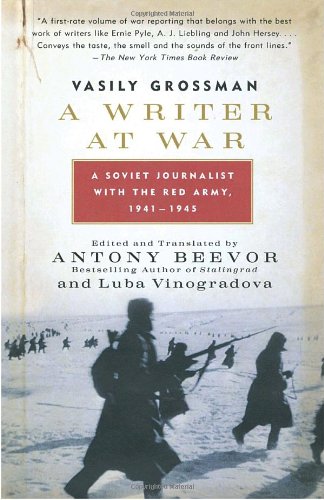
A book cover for A Writer at War: A Soviet Journalist with the Red Army, 1941-1945; Vasily Grossman; Literature & Fiction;